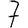
Digit: 7